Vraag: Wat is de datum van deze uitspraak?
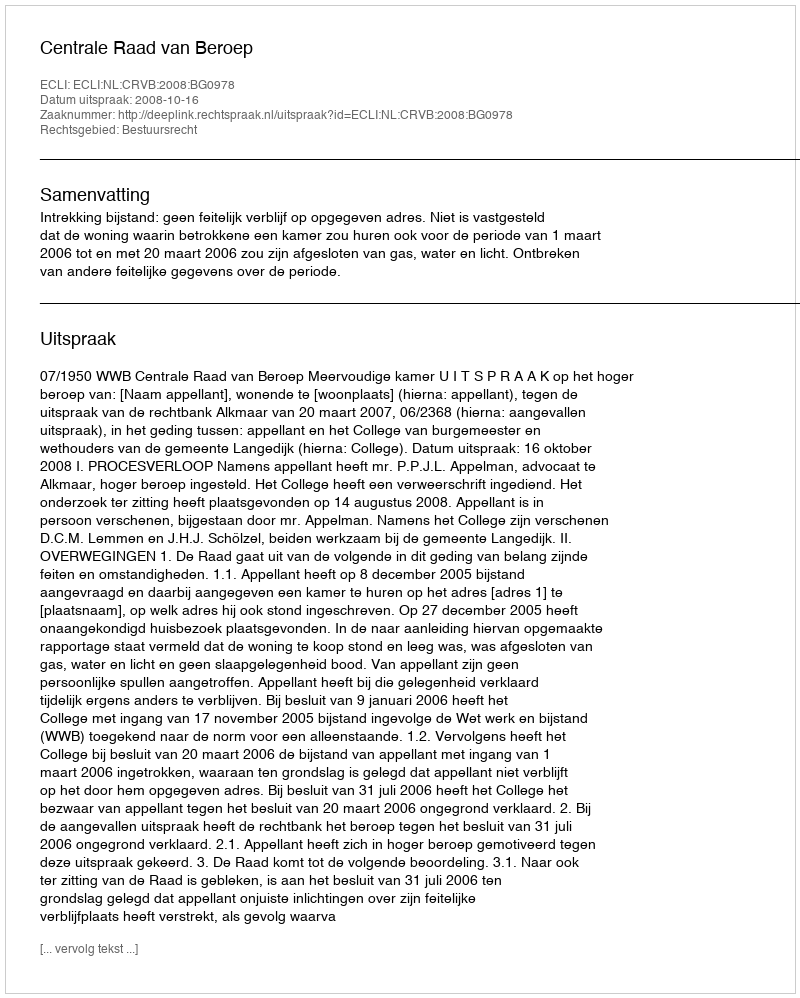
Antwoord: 2008-10-16